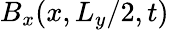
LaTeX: B_{x}(x,L_{y}/2,t)